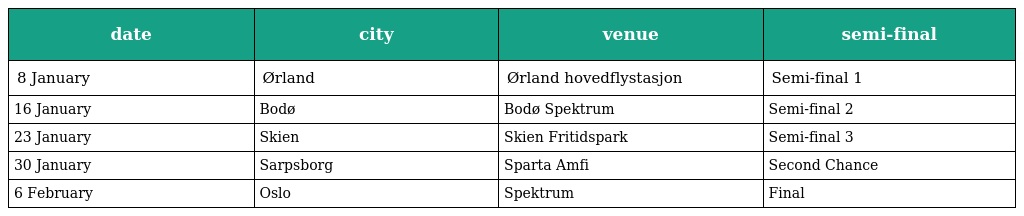
| date | city | venue | semi-final |
 | --- | --- | --- | --- |
 | 8 January | Ørland | Ørland hovedflystasjon | Semi-final 1 |
 | 16 January | Bodø | Bodø Spektrum | Semi-final 2 |
 | 23 January | Skien | Skien Fritidspark | Semi-final 3 |
 | 30 January | Sarpsborg | Sparta Amfi | Second Chance |
 | 6 February | Oslo | Spektrum | Final |